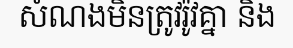
សំណងមិនត្រូវរ៉ូវគ្នា និង